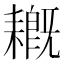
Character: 𦔙